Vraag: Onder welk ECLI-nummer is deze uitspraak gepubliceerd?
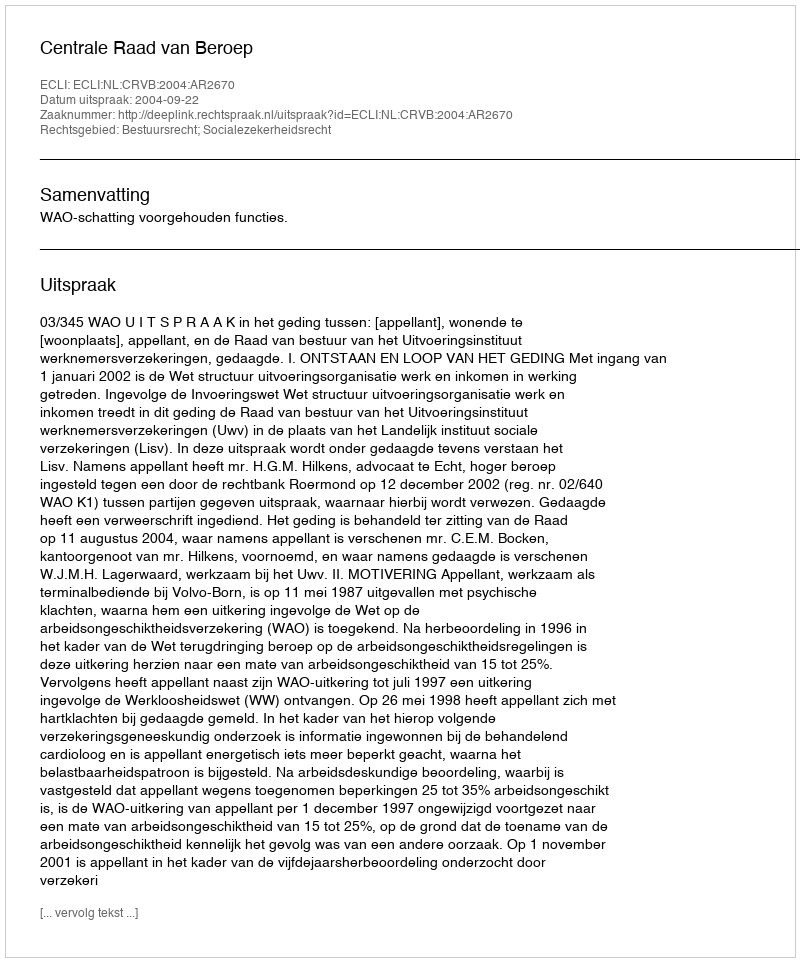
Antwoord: ECLI:NL:CRVB:2004:AR2670